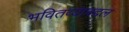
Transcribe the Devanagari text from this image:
भवितव्याबद्दल